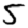
Digit: 5